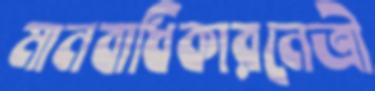
মানবাধিকারনেত্রী